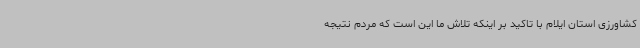
کشاورزی استان ایلام با تاکید بر اینکه تلاش ما این است که مردم نتیجه